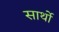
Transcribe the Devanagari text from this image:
सार्थो